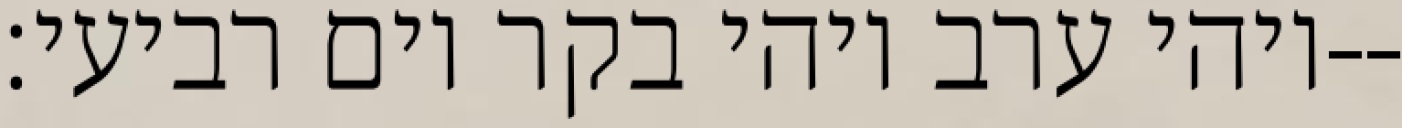
ויהי ערב ויהי בקר יום רביעי׃--